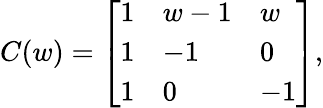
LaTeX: C(w)=\left[\begin{array}{lll}{{1}}&{{w-1}}&{{w}}\\ {{1}}&{{-1}}&{{0}}\\ {{1}}&{{0}}&{{-1}}\end{array}\right],